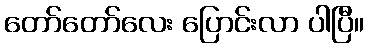
တော်တော်လေး ပြောင်းလာ ပါပြီ။